Memorandum on the prevention of leprosy by segregation of the affected
Disease focus: Leprosy
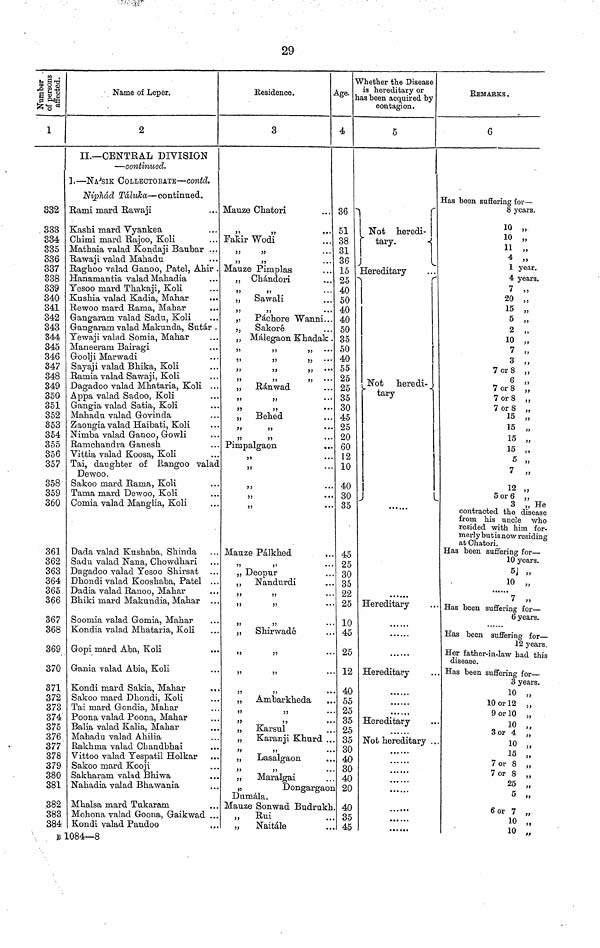
29
Number .
of persons
affected.
1
332
333
334
335
336
337
338
339
340
341
342
343
344
345
346
347
348
349
350
351
352
353
354
355
356
357
358
359
360
361
362
363
364
365
366
367
368
369
370
371
372
373
374
375
376
377
378
379
380
381
382
383
384
Name of Leper.
2
II.— CENTRAL DIVISION
— continued.
1. — N ÁSIK COLLECTORATE — contd.
Niphád Táluka — continued.
Rami mard Rawaji
Kashi mard Vyankea
Chimi mard Rajoo" Koli
Mathaia valad Kondaji Baubar ...
Rawaji valad Mahadu
Raghoo valad Ganoo" Patel" Ahir .
Hanamantia valad Mahadia
Yesoo mard Thakaji" Koli
Kushia valad Kadia" Mahar
Rewoo mard Rama" Mahar
...
Gangaram valad Sadu" Koli
Gangaram valad Makunda" Sutár .
Yewaji valad Somia" Mahar
Maneeram Bairagi
Goolji Marwadi
Sayaji valad Bhika" Koli
Ramia valad Sawaji" Koli
Dagadoo valad Mhataria" Koli ...
Appa valad Sadoo" Koli
Gangia valad Satia" Koli
Mahadu valad Govinda
Zaongia valad Haibati" Koli
Nimba valad Ganoo" Gowli
Ramchandra Ganesh
Vittia valad Koosa" Koli
Tai" daughter of Rangoo valad
Dewoo.
Sakoo mard Rama" Koli
Tama mard Dewoo" Koli
Comia valad Manglia" Koli
Dada valad Kushaba" Shinda
Sadu valad Nana" Chowdhari
Dagadoo valad Yesoo Shirsat
Dhondi valad Kooshaba" Patel . .
Dadia valad Ranoo" Mahar
Bhiki mard Makundia" Mahar . .
Soomia valad Gomia" Mahar
Kondia valad Mhataria" Koli
Gopi mard Aba" Koli
Gania valad Abia" Koli
Kondi mard Sakia" Mahar
Sakoo mard Dhondi" Koli
Tai mard Gondia" Mahar
Poona valad Poona" Mahar
Balia valad Kalia" Mahar
Mahadu valad Ahilia
Rakhma valad Cbandbhai
Vittoo valad Yespatil Holkar
Sakoo mard Kooji
Sakharam valad Bhiwa
Nahadia valad Bhawania
Mhalsa mard Tukaram
Mohona valad Goona" Gaikwad ..
Kondi valad Pandoo
Residence.
3
Mauze Chatori
"
"
Fakir Wodi
"
"
"
"
...
Mauze Pimplas
" Chándori
"
"
„ Sawali
"
"
" Páchore Wanni...
"
Sakorê
" Málegaon Khadak .
"
"
"
•••
"
"
"
"
"
"
"
"
"
" Ránwad
"
"
"
"
••
„ Behed
"
"
••
"
"
Pimpalgaon
..
"
"
"
"
"
••
"
• •
Mauze Pálkhed
"
"
••
„ Deopur
"
Nandurdi
"
"
"
"
"
"
"
Shirwadé
"
"
"
"
„
Ambarkheda
"
"
.
"
"
„
Karsul
„ Karanji Khurd .
"
"
"
Lasalgaon
"
"
„
Maralgai
"
Dongargao
Dumála.
Mauze Sonwad Budrukh.
" Rui
„
Naitále
Age.
4
36
51
38
31
36
15
25
40
50
40
40
50
35
50
40
55
25
25
35
30
45
25
20
60
12
10
40
30
35
45
25
30
35
22
25
10
45
25
12
40
55
25
35
25
35
30
40
30
40
20
40
35
45
Whether the Disease
is hereditary or
las been acquired by
contagion.
5
Not heredi-
tary.
Hereditary
Not heredi-
tary
Hereditary
"
Hereditary
Hereditary
Not hereditary .
REMARKS .
6
Has been suffering for —
8 years.
10 „
10 „
11 „
4 „
1 year.
4 years.
7 „
20 „
15 „
5 „
2 „
10 „
7 „
3 "
7 or 8 „
6 „
7 or 8 „
7 or 8 „
7 or 8 „
15 „
15 „
15 „
15 "
5
7
12 "
5 or 6 „
3 „ He
contracted the disease
from his uncle who
resided with him for-
merly butis now residing
at Chatori.
Has been suffering for —
10 years.
5 „
10 „
Has been suffering for —
6 years.
Has been suffering for—
12 years"
Her father-in-law had this
disease.
Has been suffering for —
3 years.
10
10 or 12
3 or 4
10 „
15
7 or 8 „
7 or 8 „
25 „
5 „
6 or 7
6 or 7 „
10 "
10 "
B 1084—8